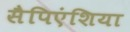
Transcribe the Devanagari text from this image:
सैपिएंशिया